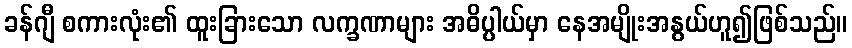
ခန်ဂျီ စကားလုံး၏ ထူးခြားသော လက္ခဏာများ အဓိပ္ပါယ်မှာ နေအမျိုးအနွယ်ဟူ၍ဖြစ်သည်။